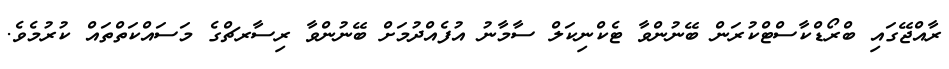
ރާއްޖޭގައި ބްރޯޑްކާސްޓްކުރަން ބޭނުންވާ ޓެކްނިކަލް ސާމާނު އުފެއްދުމަށް ބޭނުންވާ ރިސާރޗްގެ މަސައްކަތްތައް ކުރުމެވެ.